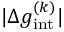
| \Delta g _ { \mathrm { i n t } } ^ { ( k ) } |